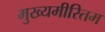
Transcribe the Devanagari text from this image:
मुख्यमीरितम